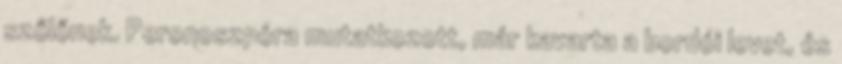
szőlőnek. Peronoszpóra mutatkozott, már kavarta a bordói levet, és